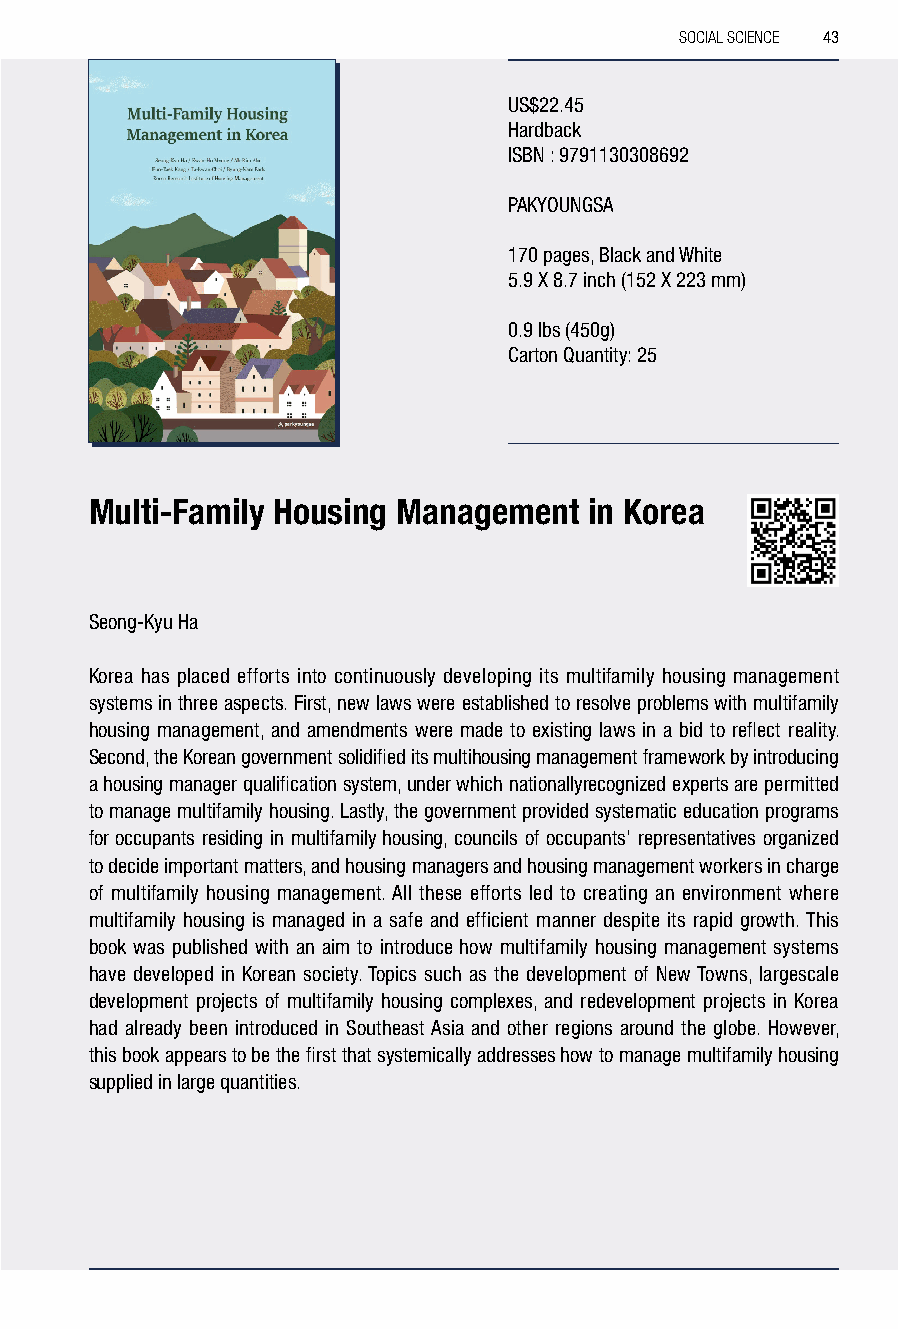
SOCIAL SCIENCE 43
 US$22.45
 Hardback
 ISBN : 9791130308692
 PAKYOUNGSA
 170 pages, Black and White
 5.9 X 8.7 inch (152 X 223 mm)
 0.9 lbs (450g)
 Carton Quantity: 25
 Multi-Family Housing Management  in Korea
 Seong-Kyu Ha
 Korea has placed efforts into continuously developing its multi family housing management
 systems in three aspects. First, new laws were established to resolve problems with multif amily
 housing management, and amendments were made to existing laws in a bid to reflect reality.
 Second, the Korean government solidified its multih ousing management framework by introducing
 a housing manager qualification system, under which nationally recognized experts are permitted
 to manage multi family housing. Lastly, the government provided systematic education programs
 for occupants residing in multi family housing, councils of occupants’ representatives organized
 to decide important matters, and housing managers and housing management workers in charge
 of multi family housing management. All these efforts led to creating an environment where
 multi family housing is managed in a safe and efficient manner despite its rapid growth. This
 book was published with an aim to introduce how multi family housing management systems
 have developed in Korean society. Topics such as the development of New Towns, larges cale
 development projects of multi family housing complexes, and redevelopment projects in Korea
 had already been introduced in Southeast Asia and other regions around the globe. However,
 this book appears to be the first that systemically addresses how to manage multi family housing
 supplied in large quantities.